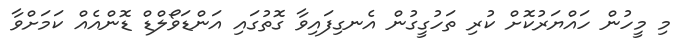
މި މީހުން ހައްޔަރުކޮށް ކުރި ތަހުގީގުން އެނގިފައިވާ ގޮތުގައި އަންޑަވޯލްޑް ޑޮންއެއް ކަމަށްވާ